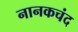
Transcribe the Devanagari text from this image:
नानकचंद